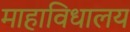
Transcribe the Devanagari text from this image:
माहाविधालय